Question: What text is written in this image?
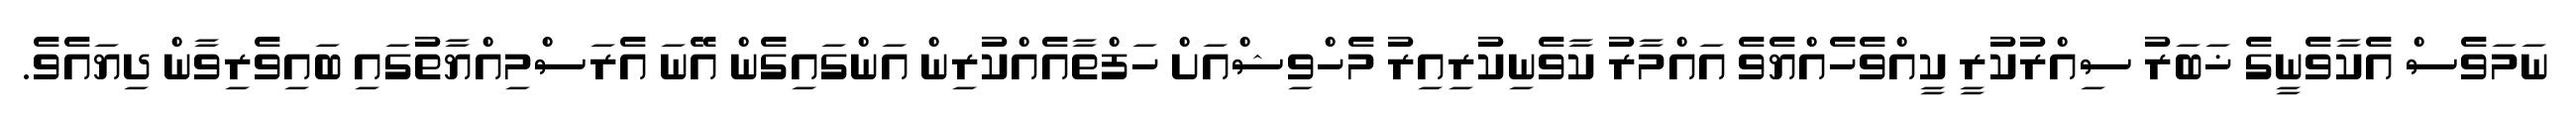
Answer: ނަމަވެސް އެކާވެނީގެ ޚަބަރު ސިއްރުކުރީ ކީއްވެހެއްޔެވެ އައްމާރު ކާވެނިކުރިއިރު މެހްވިޝްއަށް ހަފްތާއެއްކުރިން އަންގައިގެން އޭނަ އެރަސްމިއްޔާތުގައި ބައިވެރިވާން ދިޔައެވެ.